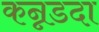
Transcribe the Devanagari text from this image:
कन्नडदा